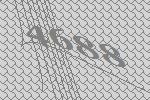
4688